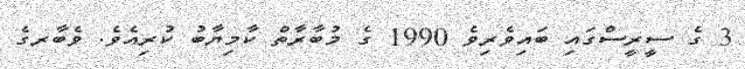
3 ގެ ސީރީސްގައި ބައިވެރިވެ 1990 ގެ މުބާރާތް ކާމިޔާބު ކުރިއެވެ. ވެބާރގެ